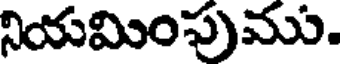
నియమింపుము.